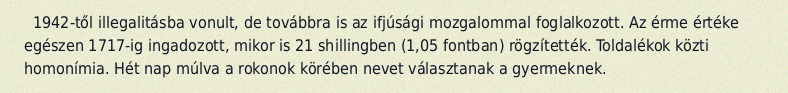
1942-től illegalitásba vonult, de továbbra is az ifjúsági mozgalommal foglalkozott. Az érme értéke egészen 1717-ig ingadozott, mikor is 21 shillingben (1,05 fontban) rögzítették. Toldalékok közti homonímia. Hét nap múlva a rokonok körében nevet választanak a gyermeknek.